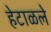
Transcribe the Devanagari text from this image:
हेटाळले